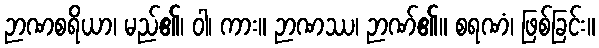
ဉာဏစရိယာ၊ မည်၏၊ ဝါ၊ ကား။ ဉာဏဿ၊ ဉာဏ်၏။ စရဏံ၊ ဖြစ်ခြင်း။